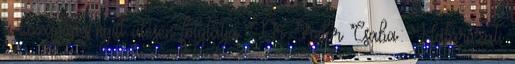
a közgyűlés nyílt ülésen folytatja. Dr. Fodor Csaba: Határozati